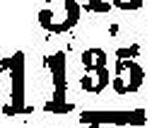
1135